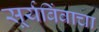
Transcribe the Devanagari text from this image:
सूर्यबिंबाचा